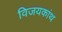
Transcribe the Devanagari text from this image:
विजयकांथ